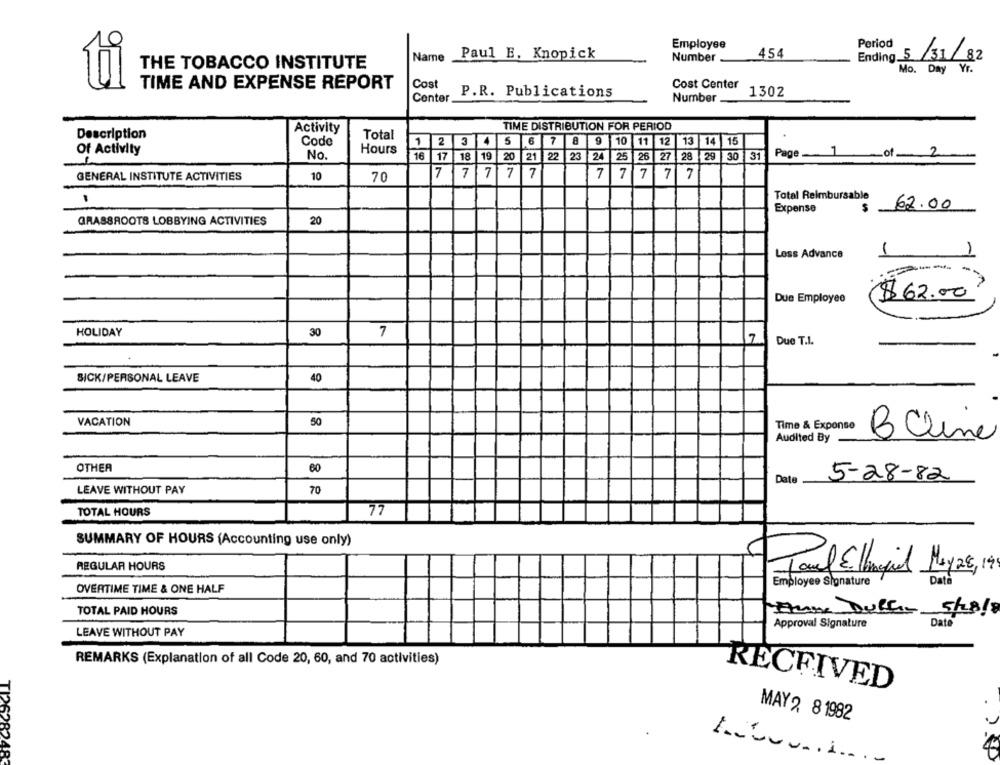
Employee
Period
454
Name
Paul E, Knopick
Number
Ending 5 /31 / 82
THE TOBACCO INSTITUTE
Mo. Day Yr.
ti
TIME AND EXPENSE REPORT
Cost
P.R. Publications
Cost Center
Conter
Number __
1302
Activity
TIME DISTRIBUTION FOR PERIOD
Description
Total
Code
2 3 4 5 6 7 8 9 10 11 12 13 14 15
Of Activity
Hours
Page 1 of 2
No.
16
17
18
19
20
21 22
23
2
25
26 27 28 29
30
31
GENERAL INSTITUTE ACTIVITIES
10
70
7 7 7 7 7
7 7 7 7 7
Total Reimbursable
62.00
Expense
GRASSROOTS LOBBYING ACTIVITIES
20
1
Less Advance
1
Due Employee
$62.00
HOLIDAY
30
7
7
Due T.I.
BICK/PERSONAL LEAVE
40
VACATION
50
Time & Exponse
-
Audited By
BCline
OTHER
60
Date
5-28-82
LEAVE WITHOUT PAY
70
TOTAL HOURS
77
SUMMARY OF HOURS (Accounting use only)
REGULAR HOURS
Paul Elangel Mayze,
OVERTIME TIME & ONE HALF
Employee Signature
TOTAL PAID HOURS
Fun DUCf- 5/28/8
Approval Signature
Date
LEAVE WITHOUT PAY
REMARKS (Explanation of all Code 20, 60, and 70 activities)
RECEIVED
MAY 2, 8 1982
TI26282483
. ..